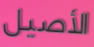
الأصيل